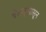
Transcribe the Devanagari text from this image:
वेल्लूरपासून